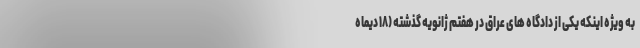
به ویژه اینکه یکی از دادگاه های عراق در هفتم ژانویه گذشته (۱۸ دیماه